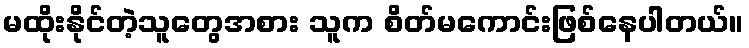
မထိုးနိုင်တဲ့သူတွေအစား သူက စိတ်မကောင်းဖြစ်နေပါတယ်။